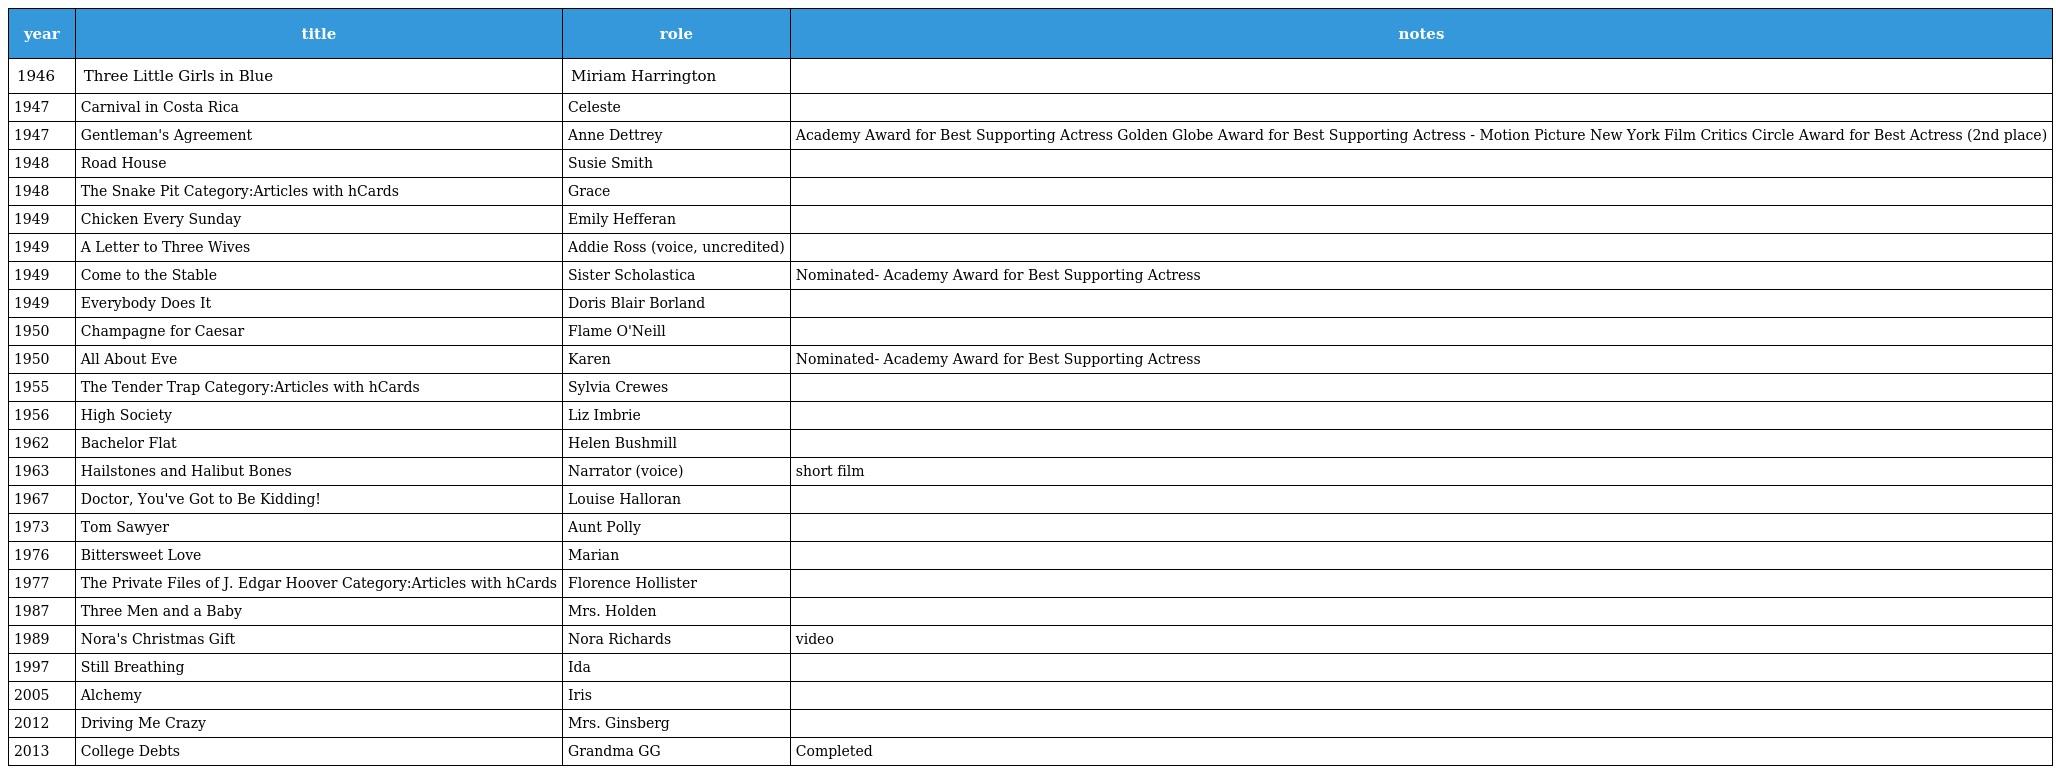
| year | title | role | notes |
 | --- | --- | --- | --- |
 | 1946 | Three Little Girls in Blue | Miriam Harrington |  |
 | 1947 | Carnival in Costa Rica | Celeste |  |
 | 1947 | Gentleman's Agreement | Anne Dettrey | Academy Award for Best Supporting Actress Golden Globe Award for Best Supporting Actress - Motion Picture New York Film Critics Circle Award for Best Actress (2nd place) |
 | 1948 | Road House | Susie Smith |  |
 | 1948 | The Snake Pit Category:Articles with hCards | Grace |  |
 | 1949 | Chicken Every Sunday | Emily Hefferan |  |
 | 1949 | A Letter to Three Wives | Addie Ross (voice, uncredited) |  |
 | 1949 | Come to the Stable | Sister Scholastica | Nominated- Academy Award for Best Supporting Actress |
 | 1949 | Everybody Does It | Doris Blair Borland |  |
 | 1950 | Champagne for Caesar | Flame O'Neill |  |
 | 1950 | All About Eve | Karen | Nominated- Academy Award for Best Supporting Actress |
 | 1955 | The Tender Trap Category:Articles with hCards | Sylvia Crewes |  |
 | 1956 | High Society | Liz Imbrie |  |
 | 1962 | Bachelor Flat | Helen Bushmill |  |
 | 1963 | Hailstones and Halibut Bones | Narrator (voice) | short film |
 | 1967 | Doctor, You've Got to Be Kidding! | Louise Halloran |  |
 | 1973 | Tom Sawyer | Aunt Polly |  |
 | 1976 | Bittersweet Love | Marian |  |
 | 1977 | The Private Files of J. Edgar Hoover Category:Articles with hCards | Florence Hollister |  |
 | 1987 | Three Men and a Baby | Mrs. Holden |  |
 | 1989 | Nora's Christmas Gift | Nora Richards | video |
 | 1997 | Still Breathing | Ida |  |
 | 2005 | Alchemy | Iris |  |
 | 2012 | Driving Me Crazy | Mrs. Ginsberg |  |
 | 2013 | College Debts | Grandma GG | Completed |